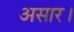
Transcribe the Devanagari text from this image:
असार।